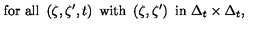
\mathrm { f o r \ a l l \ } \left( \zeta , \zeta ^ { \prime } , t \right) \mathrm { \ w i t h \ } \left( \zeta , \zeta ^ { \prime } \right) \mathrm { \ i n \ } \Delta _ { t } \times \Delta _ { t } ,